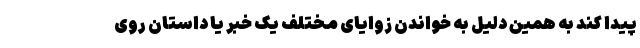
پیدا کند به همین دلیل به خواندن زوایای مختلف یک خبر یا داستان روی